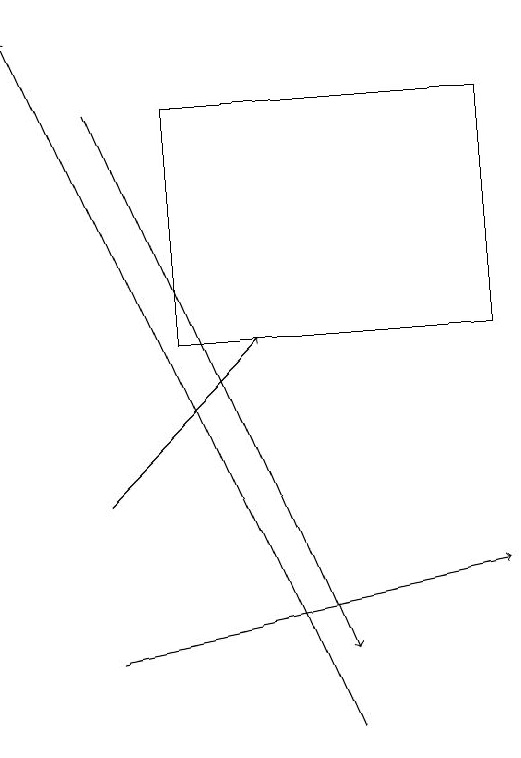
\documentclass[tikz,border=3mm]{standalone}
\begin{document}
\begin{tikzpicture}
\draw[->] (3,18) -- (6,11);
\draw[->] (3,13) -- (5,15);
\draw[->] (3,11) -- (8,12);
\draw[->] (6,10) -- (2,19);
\draw (4,15) rectangle (8,18);
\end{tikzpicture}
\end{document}